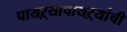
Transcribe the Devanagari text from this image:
पायऱ्यापायऱ्यांची